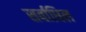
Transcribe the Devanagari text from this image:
सर्वाधिल